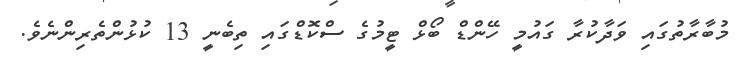
މުބާރާތުގައި ވަދާކުރާ ގައުމީ ހޭންޑް ބޯޅް ޓީމުގެ ސްކޮޑްގައި ތިބެނީ 13 ކުޅުންތެރިންނެވެ.